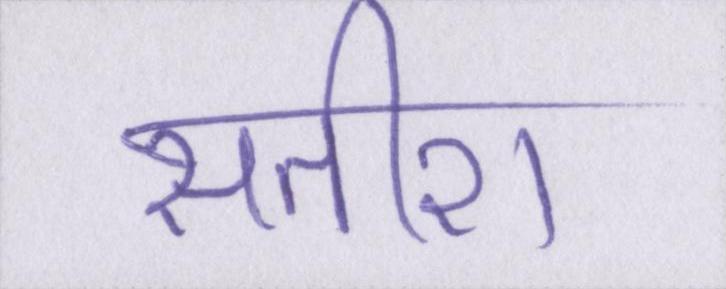
सतीश